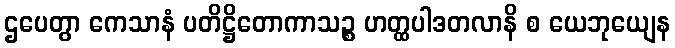
ဌပေတွာ ကေသာနံ ပတိဋ္ဌိတောကာသဉ္စ ဟတ္ထပါဒတလာနိ စ ယေဘုယျေန